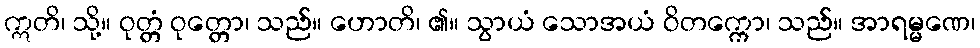
ဣတိ၊ သို့။ ဝုတ္တံ ဝုတ္တော၊ သည်။ ဟောတိ၊ ၏။ သွာယံ သောအယံ ဝိတက္ကော၊ သည်။ အာရမ္မဏေ၊